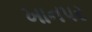
ખાનપર